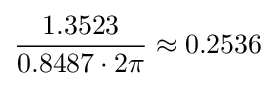
{\frac {1.3523}{0.8487\cdot 2\pi }}\approx 0.2536